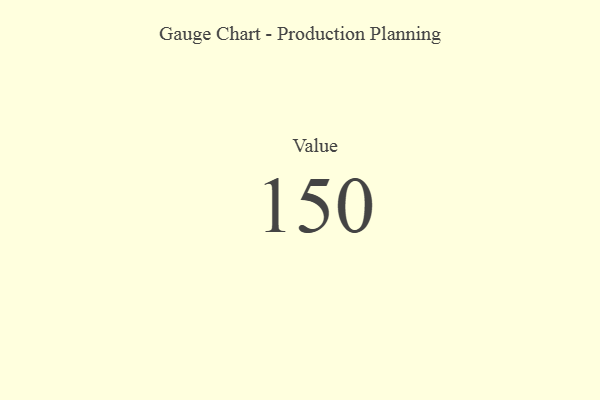
{"axis": {"x": "Metric", "y": "Value"}, "legend": [""], "data": [{"x": "Value", "y": 150, "type": ""}]}